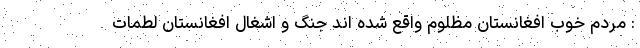
: مردم خوب افغانستان مظلوم واقع شده اند جنگ و اشغال افغانستان لطمات